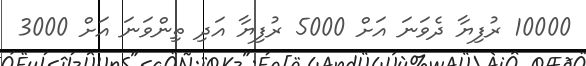
10000 ރުފިޔާ ދެވަނަ އަށް 5000 ރުފިޔާ އަދި ތިންވަނަ އަށް 3000